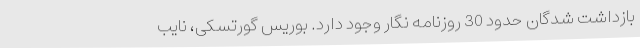
بازداشت شدگان حدود 30 روزنامه نگار وجود دارد. بوریس گورتسکی، نایب